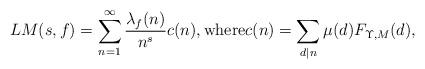
LaTeX: \begin{align*} LM(s,f) = \sum_{n=1}^{\infty} \frac{\lambda_f(n)}{n^{s}} c(n), \textrm{where} c(n) = \sum_{d|n} \mu(d) F_{\Upsilon,M}(d), \end{align*}